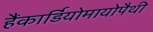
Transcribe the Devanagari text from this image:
हैंकार्डियोमायोपैथी